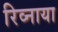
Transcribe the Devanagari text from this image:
रिव्नाया